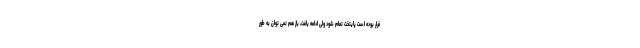
قرار بوده است پایتخت تمام شود ولی ادامه یافت، باز هم نمی توان به طور